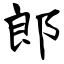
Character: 郎